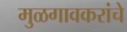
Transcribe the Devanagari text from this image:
मुळगावकरांचे